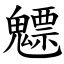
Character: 魒